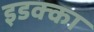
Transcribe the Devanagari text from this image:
इडक्‍का